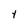
Character: Y